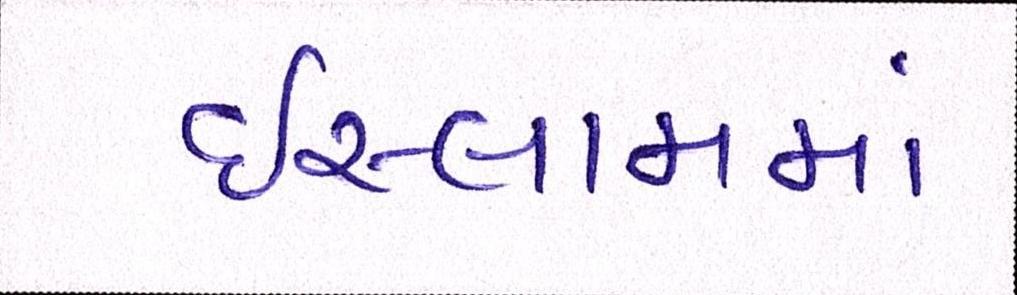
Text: ઇસ્લામમાં